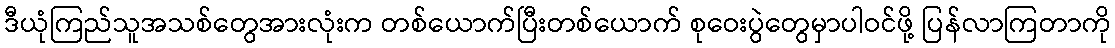
ဒီယုံကြည်သူအသစ်တွေအားလုံးက တစ်ယောက်ပြီးတစ်ယောက် စုဝေးပွဲတွေမှာပါဝင်ဖို့ ပြန်လာကြတာကို